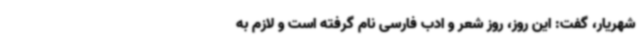
شهریار، گفت: این روز، روز شعر و ادب فارسی نام گرفته است و لازم به